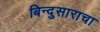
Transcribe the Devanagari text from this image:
बिन्दुसाराचा